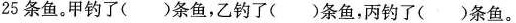
25条鱼。甲钓了()条鱼，乙钓了()条鱼，丙钓了()条鱼。